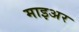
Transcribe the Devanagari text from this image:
माइअर